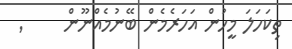
ތިކަހަލަ މީހުން އަހަރެމެން ބޭނުމެއްނޫން